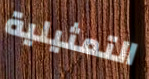
التمثيلية